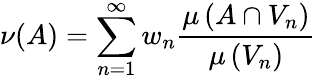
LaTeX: \nu(A)=\sum_{n=1}^{\infty}w_{n}{\frac{\mu\left(A\cap V_{n}\right)}{\mu\left(V_{n}\right)}}